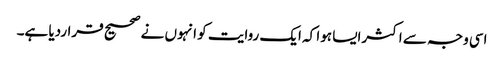
اسی وجہ سے اکثرایسا ہوا کہ ایک روایت کو انہوں نے صحیح قراردیا ہے۔